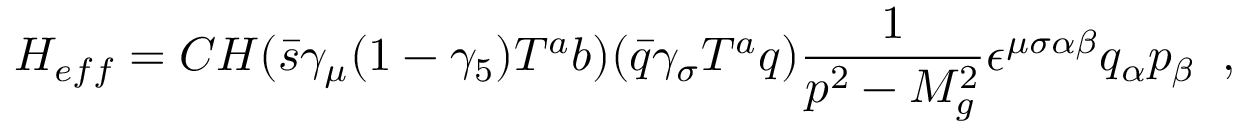
H _ { e f f } = C H ( \bar { s } \gamma _ { \mu } ( 1 - \gamma _ { 5 } ) T ^ { a } b ) ( \bar { q } \gamma _ { \sigma } T ^ { a } q ) \frac { 1 } { p ^ { 2 } - M _ { g } ^ { 2 } } \epsilon ^ { \mu \sigma \alpha \beta } q _ { \alpha } p _ { \beta } \; \; ,